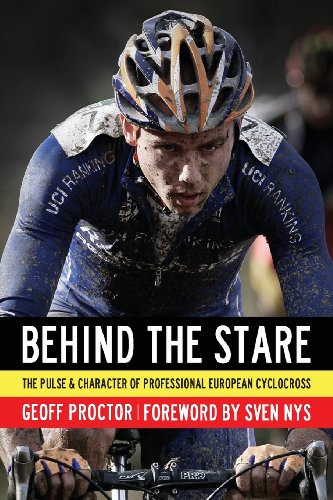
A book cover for Behind the Stare: The Pulse & Character of Professional European Cyclocross; Geoff Proctor; Sports & Outdoors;